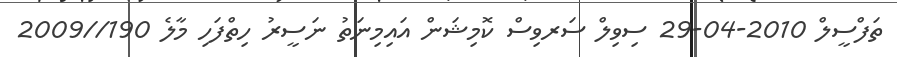
ތަފްސީލް 2010-04-29 ސިވިލް ސަރވިސް ކޮމިޝަން އައިމިނަތު ނަސީރު ހިތްފަހި މާލެ 190//2009